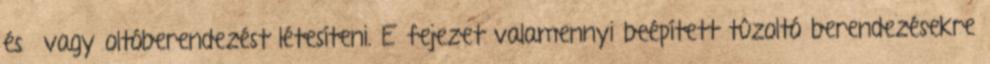
és vagy oltóberendezést létesíteni. E fejezet valamennyi beépített tûzoltó berendezésekre